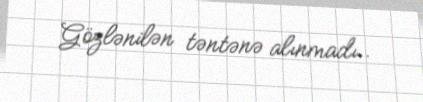
Gözlənilən təntənə alınmadı..